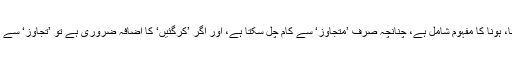
متجاوز میں کرنا، ہونا کا مفہوم شامل ہے، چنانچہ صرف ’متجاوز‘ سے کام چل سکتا ہے، اور اگر ’کرگئیں‘ کا اضافہ ضروری ہے تو ’تجاوز‘ سے کام چلایا جائے۔